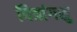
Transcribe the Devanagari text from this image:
चित्रांगशु